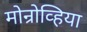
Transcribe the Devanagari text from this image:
मोन्रोव्हिया